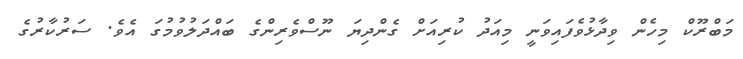
މަބްރޫކް މިހެން ވިދާޅުވެފައިވަނީ މިއަދު ކުރިއަށް ގެންދިޔަ ނޫސްވެރިންގެ ބައްދަލުވުމުގަ އެވެ. ސަރުކާރުގެ